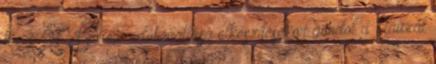
ha a 2017. évi adóbevallása elkészítésekor gondol a Klauzál